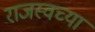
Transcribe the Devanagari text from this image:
राजस्वच्या